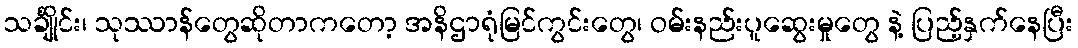
သင်္ချိုင်း၊ သုဿာန်တွေဆိုတာကတော့ အနိဌာရုံမြင်ကွင်းတွေ၊ ဝမ်းနည်းပူဆွေးမှုတွေ နဲ့ ပြည့်နှက်နေပြီး